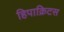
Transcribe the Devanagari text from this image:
हिपाक्रिटस